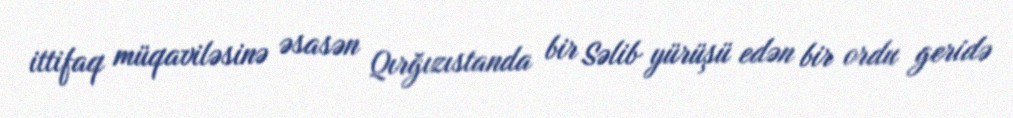
ittifaq müqaviləsinə əsasən Qırğızıstanda bir Səlib yürüşü edən bir ordu geridə